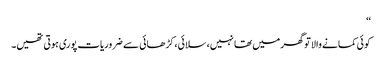
‘‘
کوئی کمانے والا تو گھر میں تھا نہیں، سلائی، کڑھائی سے ضروریات پوری ہوتی تھیں۔